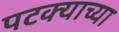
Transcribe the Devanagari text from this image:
पटक्याच्या